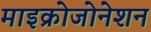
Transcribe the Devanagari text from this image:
माइक्रोजोनेशन